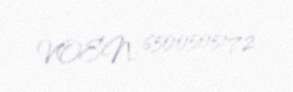
VOEN: 6500505172